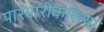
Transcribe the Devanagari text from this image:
पारंपारीकरित्या